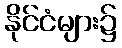
နိုင်ငံများ၌